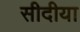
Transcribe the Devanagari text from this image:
सीदीया